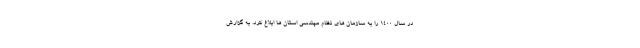
در سال ۱۴۰۰ را به سازمان های نظام مهندسی استان ها ابلاغ کرد. به گزارش